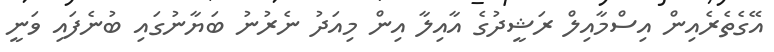
އޭގެތެރެއިން އިސްމާއިލް ރަޝީދުގެ އާއިލާ އިން މިއަދު ނެރުނު ބަޔާނުގައި ބުނެފައި ވަނީ